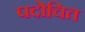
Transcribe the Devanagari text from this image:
पदोचित